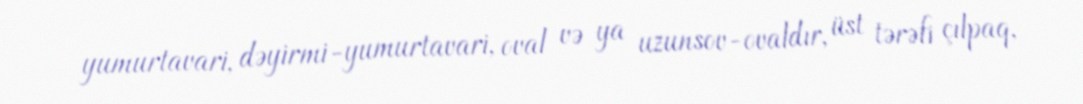
yumurtavari, dəyirmi-yumurtavari, oval və ya uzunsov-ovaldır, üst tərəfi çılpaq,